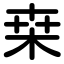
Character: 桒